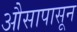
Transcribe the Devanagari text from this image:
औसापासून